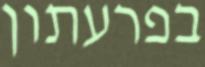
בפרעתון